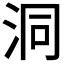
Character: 洞